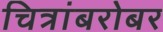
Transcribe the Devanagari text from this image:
चित्रांबरोबर